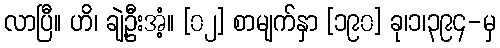
လာပြီ။ ဟိ၊ ချဲ့ဦးအံ့။ [၀၂] စာမျက်နှာ [၁၉၀] ခု၊၁၊၃၉၄-မှ